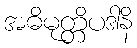
အဓိမုတ္တိပဒါနိ